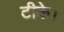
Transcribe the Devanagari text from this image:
टीके।